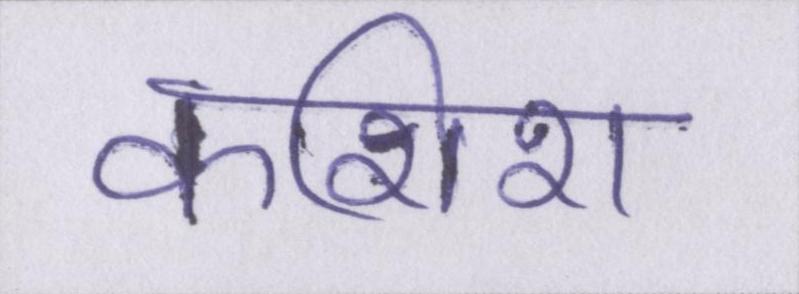
कशिश